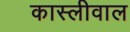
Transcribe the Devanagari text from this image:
कास्लीवाल